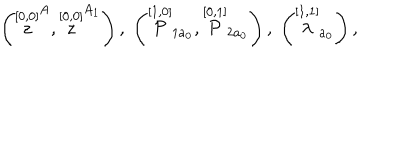
\left( \stackrel { [ 0 , 0 ] } { z } ^ { A } , \stackrel { [ 0 , 0 ] } { z } ^ { A _ { 1 } } \right) , \; \left( \stackrel { [ 1 , 0 ] } { \cal P } _ { 1 a _ { 0 } } , \stackrel { [ 0 , 1 ] } { \cal P } _ { 2 a _ { 0 } } \right) , \; \left( \stackrel { [ 1 , 1 ] } { \lambda } _ { a _ { 0 } } \right) ,